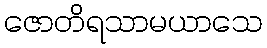
ဇောတိရသာမယာသေ